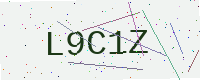
Text: L9C1Z